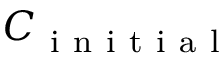
\boldsymbol { C } _ { \mathrm { ~ i ~ n ~ i ~ t ~ i ~ a ~ l ~ } }